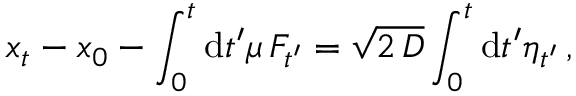
x _ { t } - x _ { 0 } - \int _ { 0 } ^ { t } \mathrm { d } t ^ { \prime } \mu ~ \! F _ { t ^ { \prime } } = \sqrt { 2 ~ \! D } \int _ { 0 } ^ { t } \mathrm { d } t ^ { \prime } \eta _ { t ^ { \prime } } \, ,